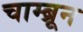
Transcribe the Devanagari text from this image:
चाम्ब्रून